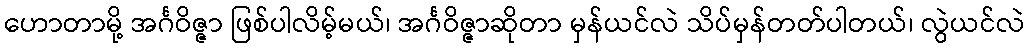
ဟောတာမို့ အင်္ဂဝိဇ္ဇာ ဖြစ်ပါလိမ့်မယ်၊ အင်္ဂဝိဇ္ဇာဆိုတာ မှန်ယင်လဲ သိပ်မှန်တတ်ပါတယ်၊ လွဲယင်လဲ